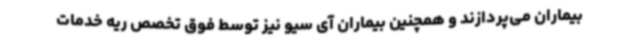
بیماران می‌پردازند و همچنین بیماران آی سیو نیز توسط فوق تخصص ریه خدمات